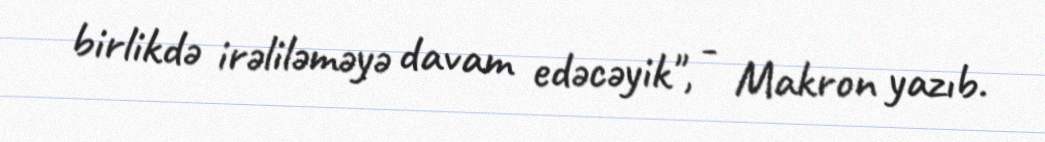
birlikdə irəliləməyə davam edəcəyik", - Makron yazıb.